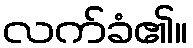
လက်ခံ၏။